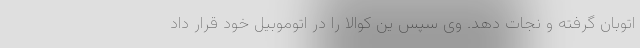
اتوبان گرفته و نجات دهد. وی سپس ین کوالا را در اتوموبیل خود قرار داد